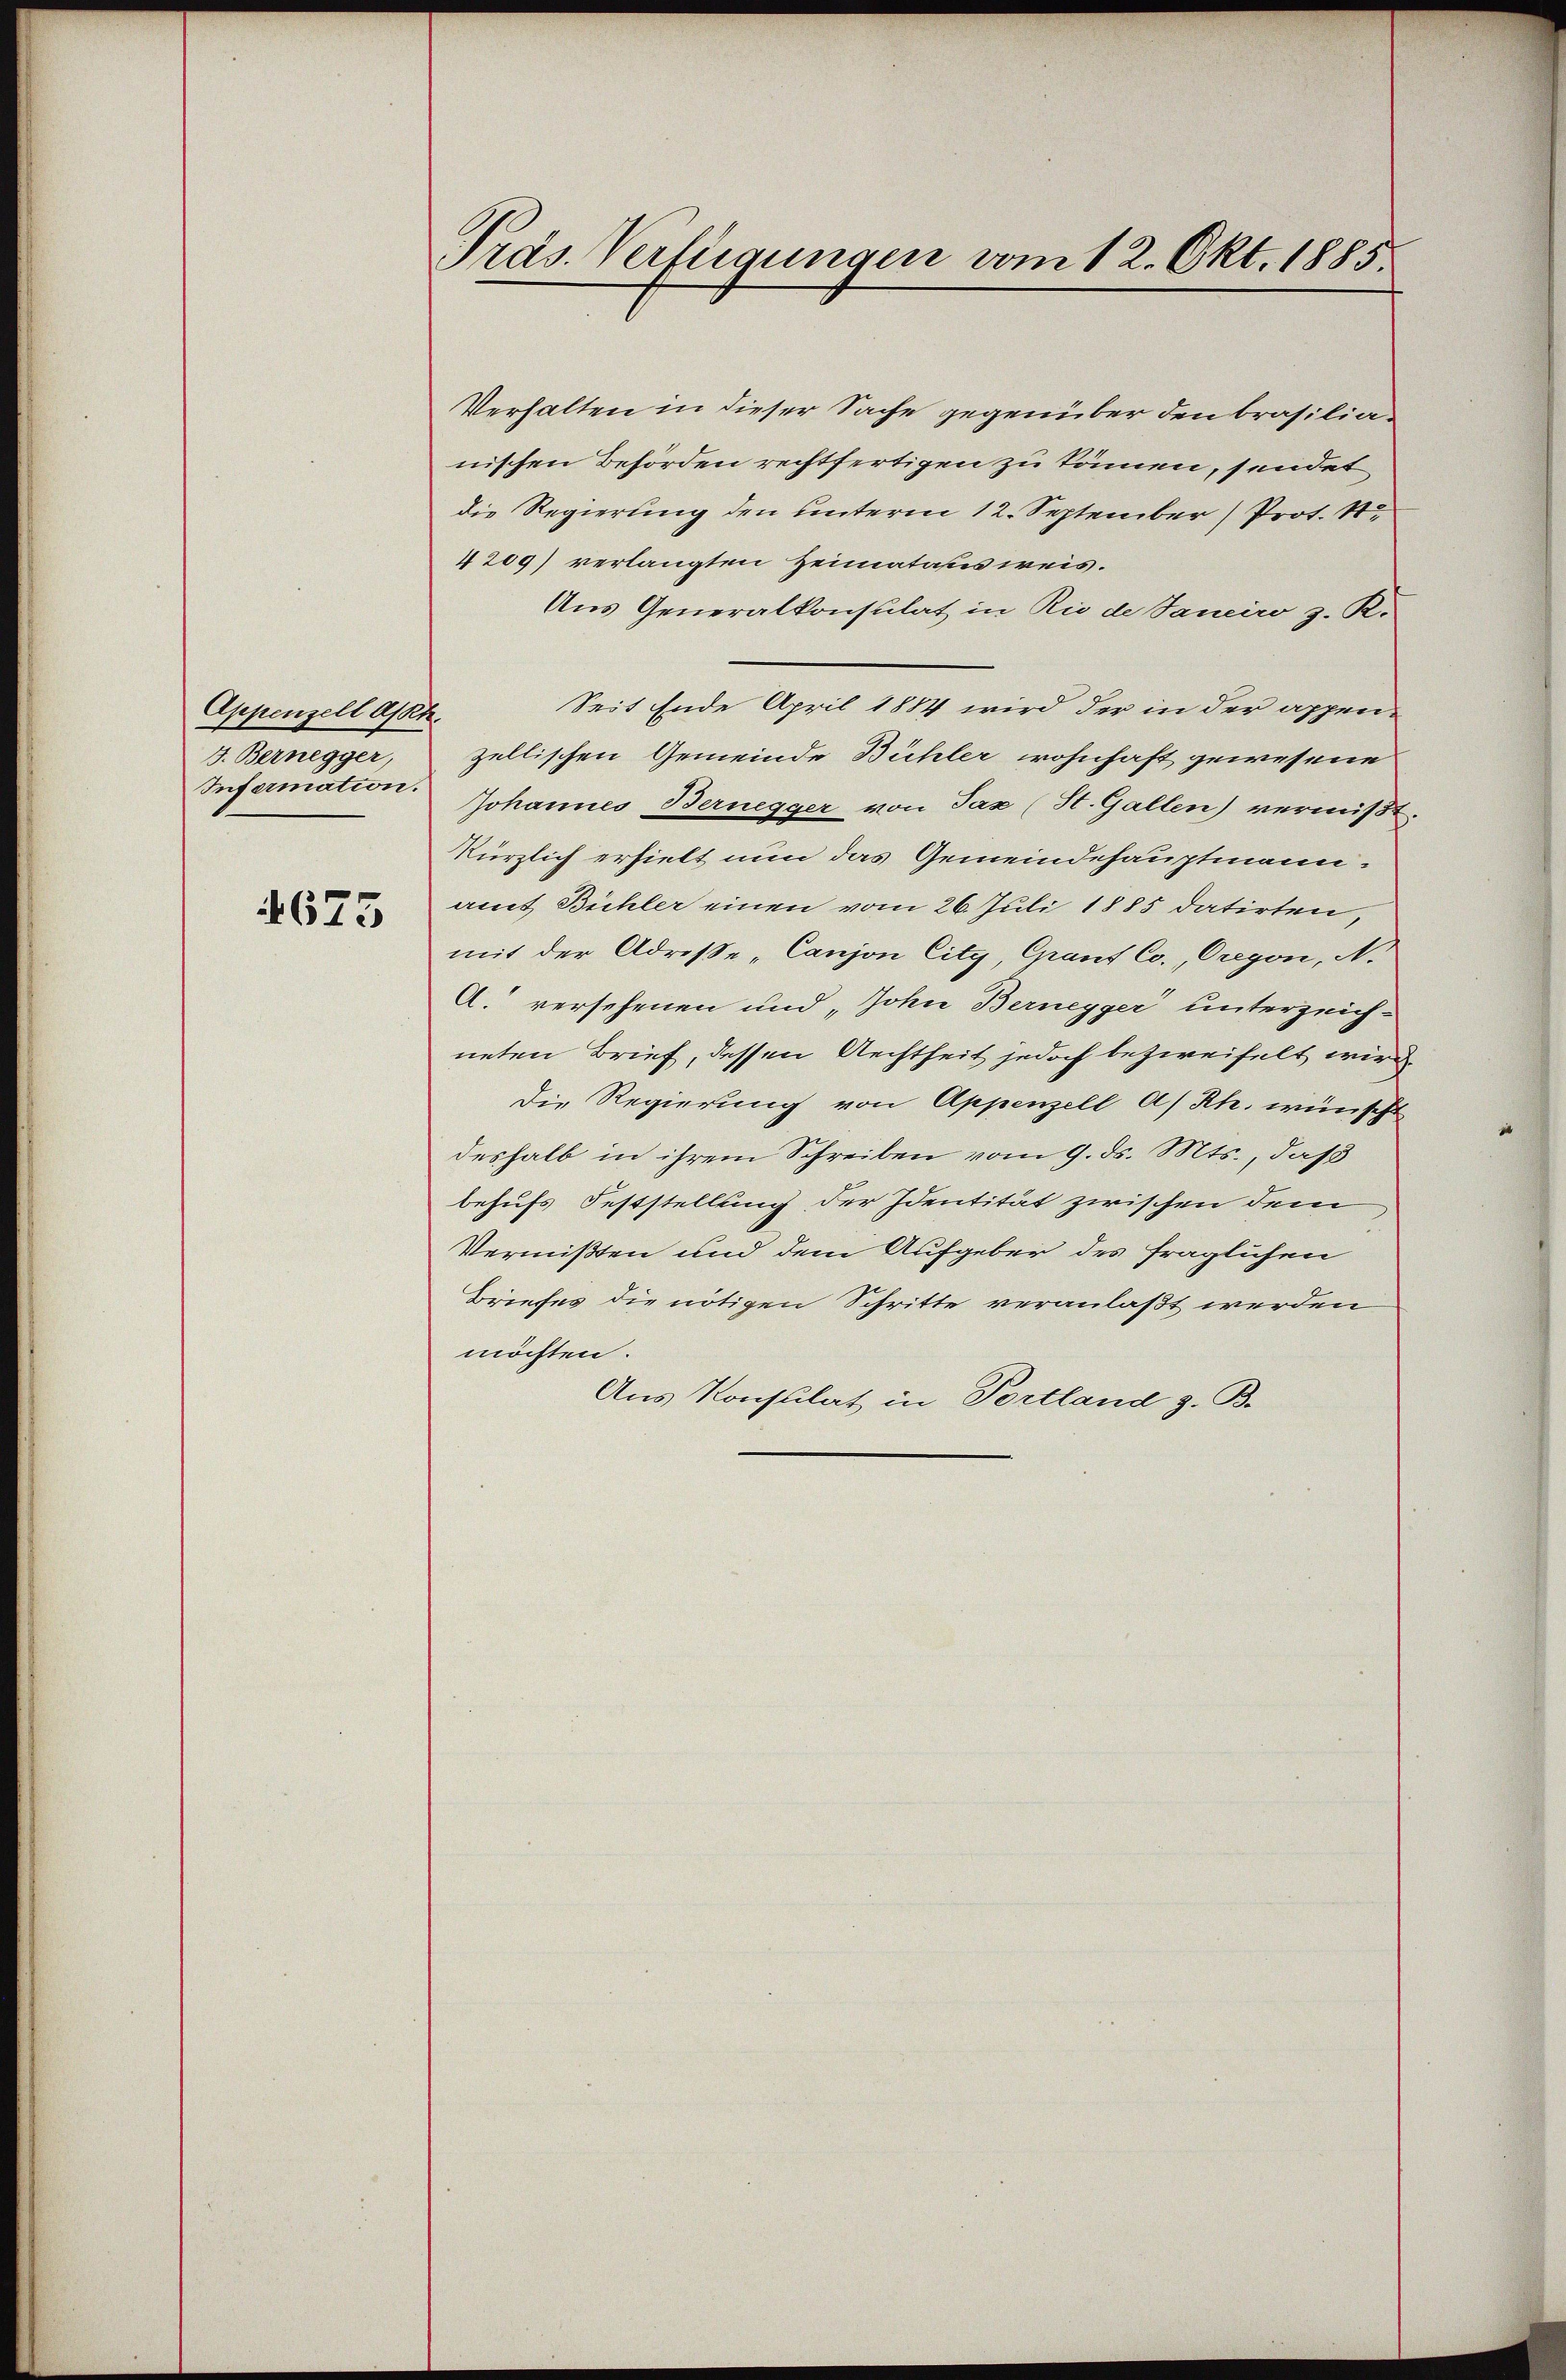
Appenzell Assek.
3. Bernegger,
Infermation.

675

Pras. Verlegungen vom 12. Okt. 1885.

Verhalten in dieser Sache gegenüber den Brasilianischen Behörden rechtfertigen zu können, sendet
die Regierung den unterm 12. September (Prot. S
4209) verlangten Heimatatisweis.
Aus Generalkonsulat in Rio de Janeiro z. R.
Seit Ende April 1884 wird der in der appenzellischen Gemeinde Bühler wohnhaft gewesene
Johannes Bernegger von Tax (St. Gallen) vermißt.
kürzlich erhielt nun das Gemeindehauptmann:
amt Bühler einen vom 26. Juli 1885 datirten,
mit der Adrese „Canjon City, Grant Co. Gregon, N.
A. versehenen und „Johne Bernegger unterzeichneten Brief, dessen Rechtheit jedoch bezweifelt wird.
Die Regierung von Appenzell A/Rh. wünscht
deshalb in ihrem Schreiben vom 9. ds. Mts., daß
behufs Feststellung der Identität zwischen dem
Vermißten und dem Aufgeber des fraglichen
Briefes die nötigen Schritte veranlaßt werden
möchten.
Aus Konsulat in Portland z. B.